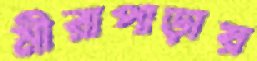
মীরাপাড়ায়